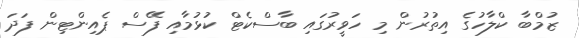
ޒުމްބާ ކްލާހުގެ އިތުރުން މި ހަވީރުގައި ބާސްކެޓް ކުޅުމާއި ފޭސް ޕެއިންޓިން ފަދަ